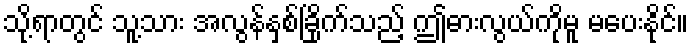
သို့ရာတွင် သူ့သား အလွန်နှစ်ခြိုက်သည့် ဤဓားလွယ်ကိုမူ မပေးနိုင်။